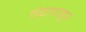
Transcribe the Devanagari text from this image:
धंद्यापासून